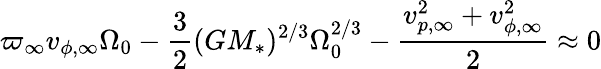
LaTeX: \varpi_{\infty}v_{\phi,\infty}\Omega_{0}-\frac{3}{2}(G{M_{\ast}})^{2/3}\Omega_{0}^{2/3}-\frac{v_{p,\infty}^{2}+v_{\phi,\infty}^{2}}{2}\approx 0